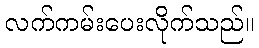
လက်ကမ်းပေးလိုက်သည်။